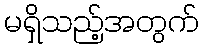
မရှိသည့်အတွက်